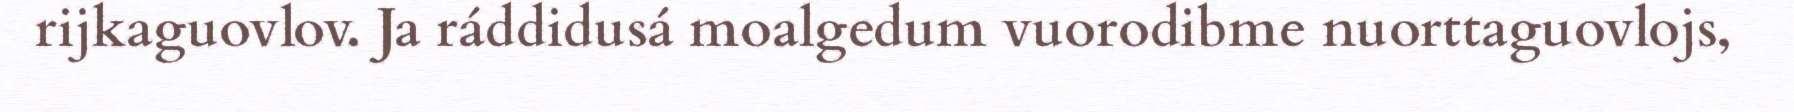
rijkaguovlov. Ja ráddidusá moalgedum vuorodibme nuorttaguovlojs,